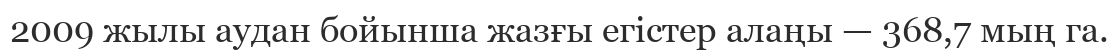
2009 жылы аудан бойынша жазғы егістер алаңы — 368,7 мың га.